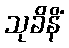
သုခိနိံ